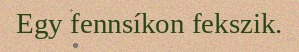
Egy fennsíkon fekszik.